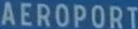
AEROPORT